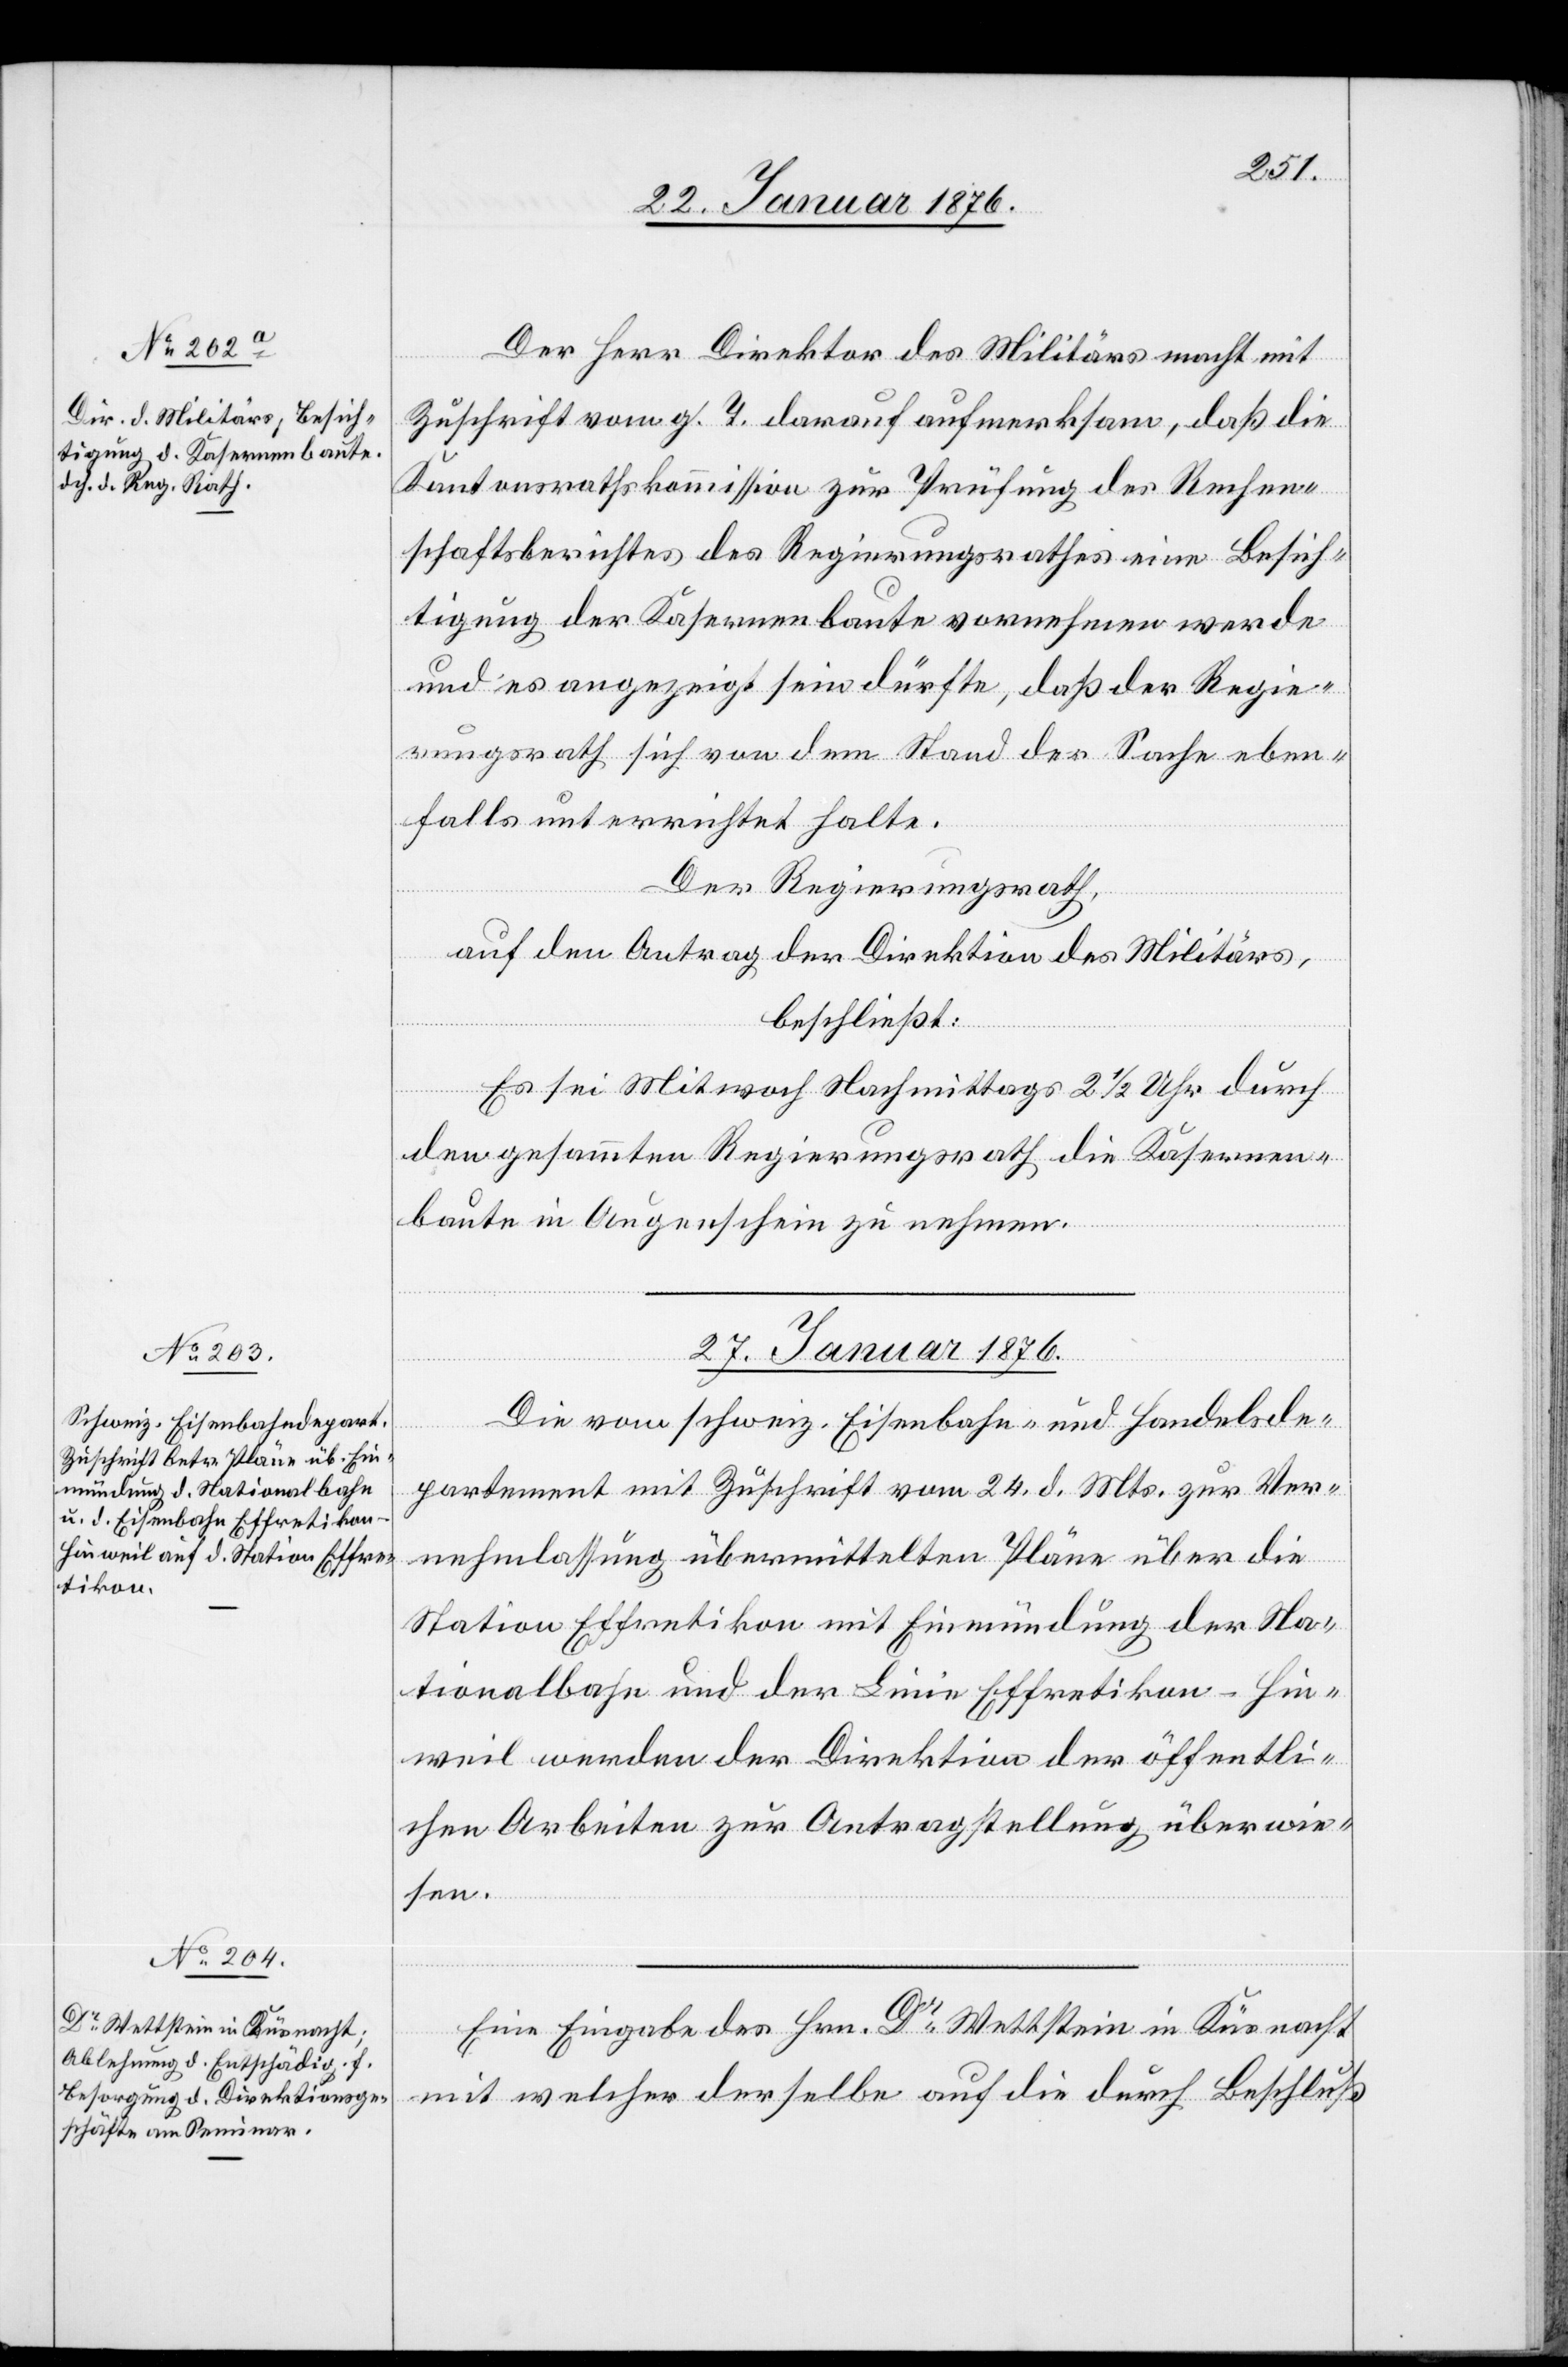
Der Herr Direktor des Militärs macht mit
Zuschrift vom g. T. darauf aufmerksam, daß die
Kantonsrathskommission zur Prüfung des Rechen¬
schaftsberichtes des Regierungsrathes eine Besich¬
tigung der Kasernenbaute vornehmen werde
und es angezeigt sein dürfte, daß der Regie¬
rungsrath sich von dem Stand der Sache eben¬
falls unterrichtet halte.
Der Regierungsrath,
auf den Antrag der Direktion des Militärs,
beschließt:
Es sei Mit[t]woch Nachmittags 2 1/2 Uhr durch
den gesammten Regierungsrath die Kasernen¬
baute in Augenschein zu nehmen.
27. Januar 1876.]
Die vom schweiz. Eisenbahn- und Handelsde¬
partement mit Zuschrift vom 24. d. Mts. zur Ver¬
nehmlassung übermittelten Pläne über die
Station Effretikon mit Einmündung der Na¬
tionalbahn und der Linie Effretikon–Hin¬
weil werden der Direktion der öffentli¬
chen Arbeiten zur Antragstellung überwie¬
sen.
Eine Eingabe des Hrn. Dr Wettstein in Küsnacht
mit welcher derselbe auf die durch Beschluß